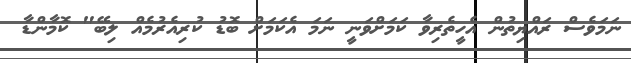
ނަމަވެސް ރައްޔިތުން އެހީތެރިވާ ކަމަށްވަނީ ނަމަ އެކަމަށް ބޮޑު ކުރިއެރުމެއް ލިބޭ" ކޮމާންޑާ